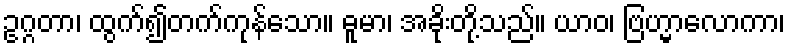
ဥဂ္ဂတာ၊ ထွက်၍တက်ကုန်သော။ ဓူမာ၊ အခိုးတို့သည်။ ယာဝ၊ ဗြဟ္မာလောကာ၊